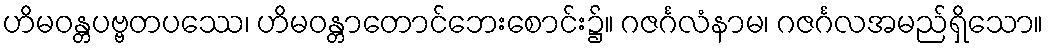
ဟိမဝန္တပဗ္ဗတပဿေ၊ ဟိမဝန္တာတောင်ဘေးစောင်း၌။ ဂဇင်္ဂလံနာမ၊ ဂဇင်္ဂလအမည်ရှိသော။